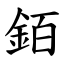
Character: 銆